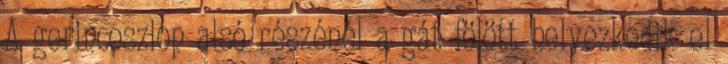
A gerincoszlop alsó részénél a gát fölött helyezkedik el